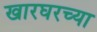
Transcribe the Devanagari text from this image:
खारघरच्या